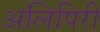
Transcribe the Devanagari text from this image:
अलिपिरी